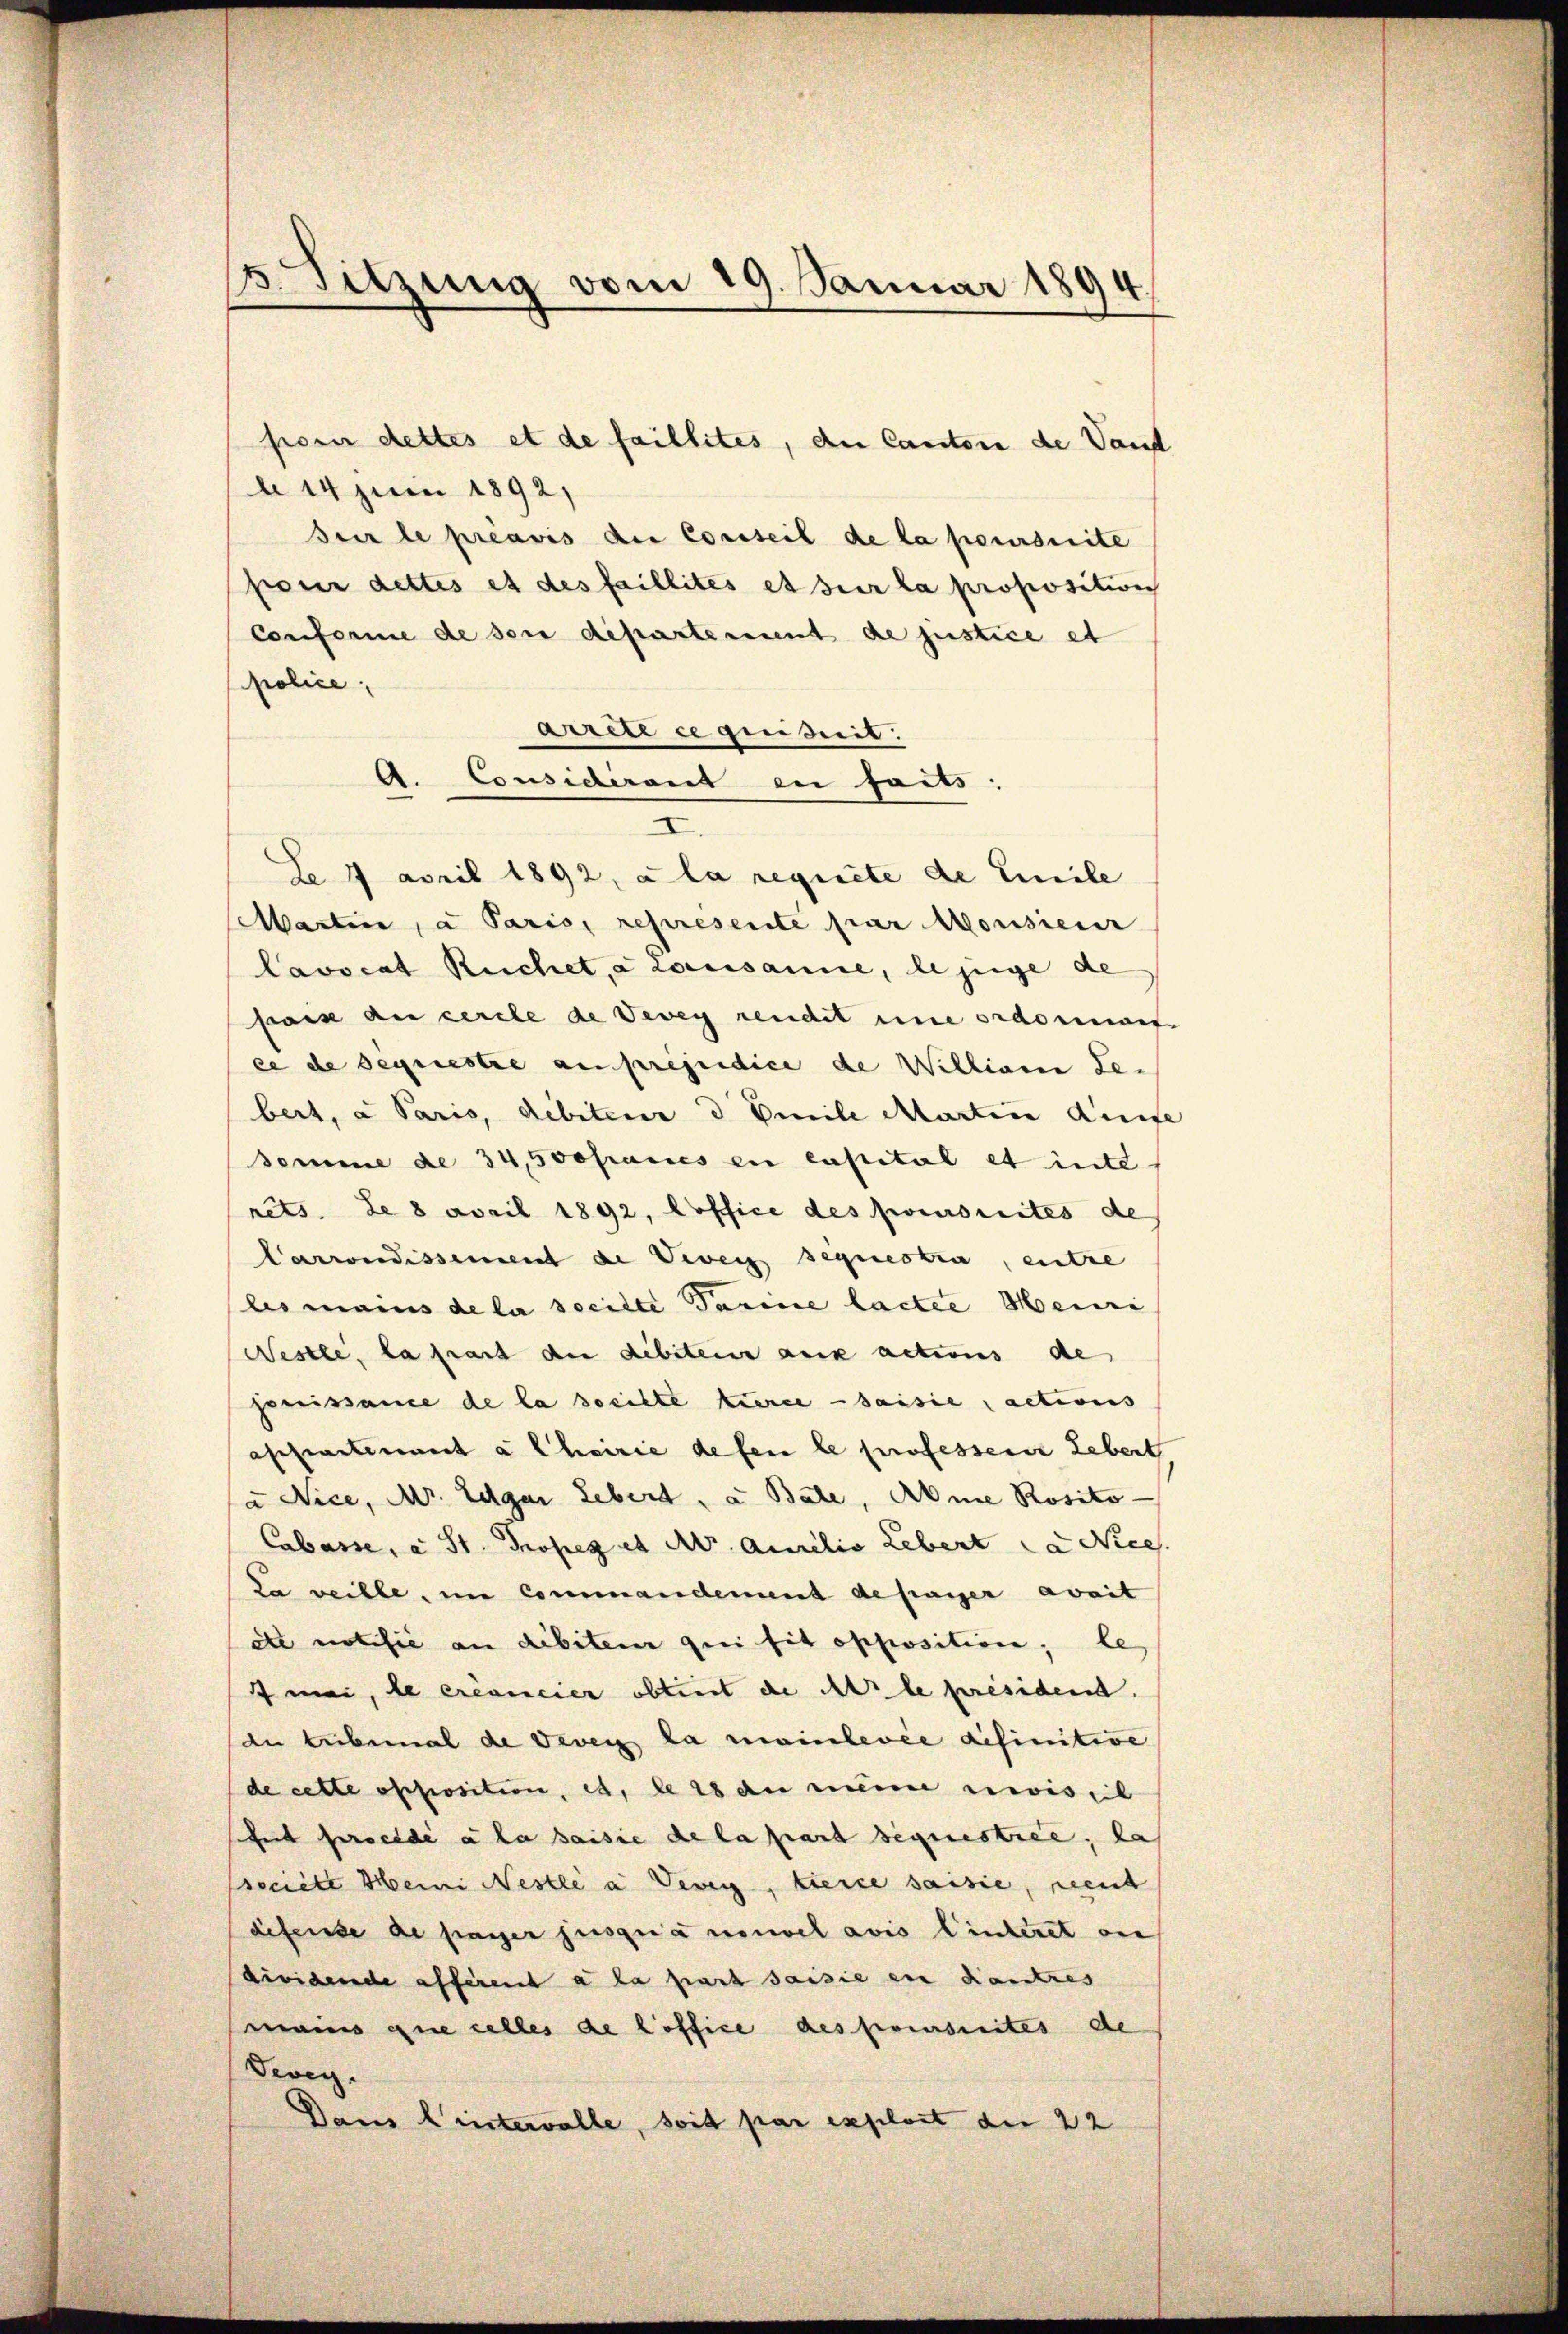
3. Sitzung vom 19. Januar 1894.

d 14 Juni 1892)
sur le préavis die Conseil de la poursuite
pour dettes et des faillités et sur la proposition
Conforme de sei departement de justice et
police,
arete ce quiszeit.
I.
De 7 April 1892, a la requiete de Emile
Martine, a Paris, represente par Monsieur
Lavocat Reichet, à causanne, le juge de
paix au cercle de Vevey rendet une ordomman
ee de sequestre au préjudice de Willian Se.
bert, a Paris, debiteur d. Beile Marten Dinge
Somme de 34,500 frances en capital et inte
rêts de 8 April 1892, Coffice des poursuites de
Carrondissement de Vier sequestra, entre
les mains de la socilte Tarine lactee Meini
Nestli, la fast die debitens aux actions de
preissance de la steilte Kierce saisie actions
assiertenant à Cheirie defen le professoris Lebent
a Nice, Mr. Edgar Lebert, a. Bale, Abne Rosito
Cabasse, a St. Profes et A. Amerilio Lebert Nices.
La veille, im Commandement de fanger avait
de notifie an dibiteur qui sit opposition; le
f mei, de créancier obtiert de Ale président.
de Liebemal de dever la mainlevée definitive
de cette opposition, es, le 18 an meine reis eil
siheit procédé à la saisie de la part sequestrie, las
societe Heini Nestle a Verei, tierce saisie, neent
difense de payer jusqua nouvel avis linderet auf
dividende afferent à la part saisie in Kautres
mains que celles de loffice des poursuites de
Vevey.
Dans l’intervolle, soit par exploit der 22

A. Considerant en faits.

porn dettes et de faillites, den Canton de Vaud